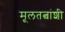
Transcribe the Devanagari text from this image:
मूलतत्वांशी